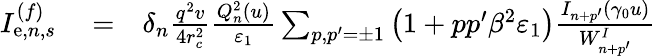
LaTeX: \begin{array}{rlr}{I_{\mathrm{e},n,s}^{(f)}}&{{}=}&{\delta_{n}\frac{q^{2}v}{4r_{c}^{2}}\frac{Q_{n}^{2}(u)}{\varepsilon_{1}}\sum_{p,p^{\prime}=\pm 1}\left(1+pp^{\prime}\beta^{2}\varepsilon_{1}\right)\frac{I_{n+p^{\prime}}(\gamma_{0}u)}{W_{n+p^{\prime}}^{I}}}\end{array}